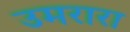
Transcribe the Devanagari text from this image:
उमरारा